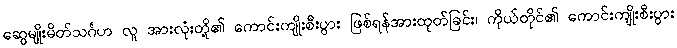
ဆွေမျိုးမိတ်သင်္ဂဟ လူ အားလုံးတို့၏ ကောင်းကျိုးစီးပွား ဖြစ်ရန်အားထုတ်ခြင်း၊ ကိုယ်တိုင်၏ ကောင်းကျိုးစီးပွား